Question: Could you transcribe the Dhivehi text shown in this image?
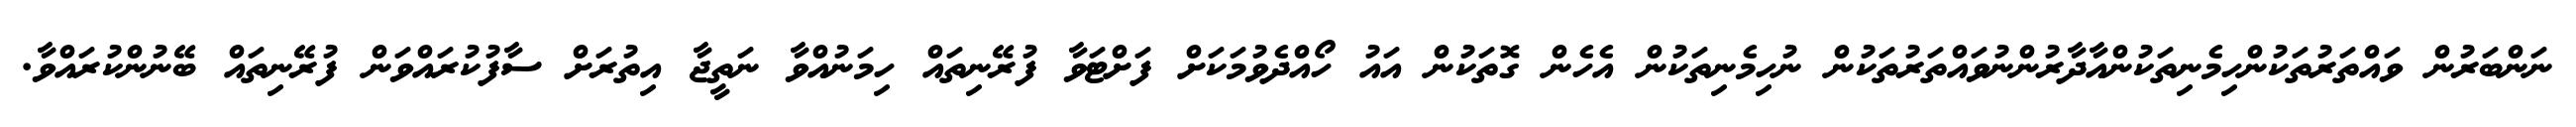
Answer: ނަންބަރުން ވައްތަރުތަކުންހިމެނިތަކުންއާދާރުންނުވައްތަރުތަކުން ނުހިމެނިތަކުން އެހެން ގޮތަކުން އައު ހޯއްދެވުމަކަށް ފަށްޓަވާ ފުރޭނިތައް ހިމަނުއްވާ ނަތީޖާ އިތުރަށް ސާފުކުރައްވަން ފުރޭނިތައް ބޭނުންކުރައްވާ.